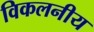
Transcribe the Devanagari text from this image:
विकलनीय